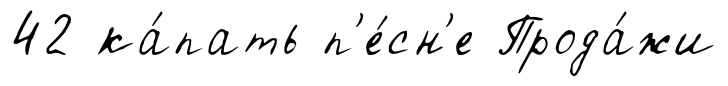
42 ка́пать п'е́сн'е Прода́жи